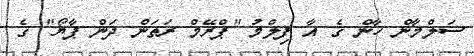
ސަލްމާން ހާން ގެ އާ ފިލްމު "ޕްރޭމް ރަތަން ދަން ޕާޔޯ" ގެ